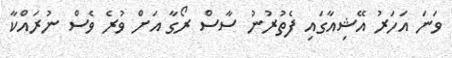
ވަނަ އަހަރު އޭޝިއާގައި ފެތުރުނު ސާސް ރޯގާ އަށް ވުރެ ވެސް ނުރައްކާ